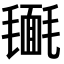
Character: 𣰔